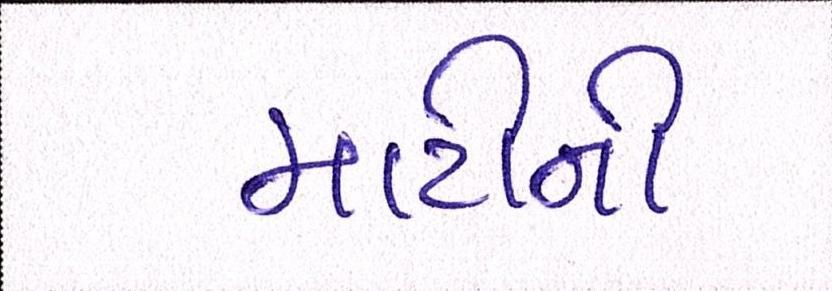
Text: માટીની